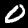
Label: 0